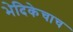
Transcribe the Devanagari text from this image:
भेदिकेचाच